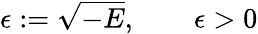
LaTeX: \epsilon:=\sqrt{-E},\qquad\epsilon>0